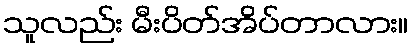
သူလည်း မီးပိတ်အိပ်တာလား။